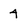
Character: 4